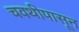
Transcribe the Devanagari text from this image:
चवथीपासून